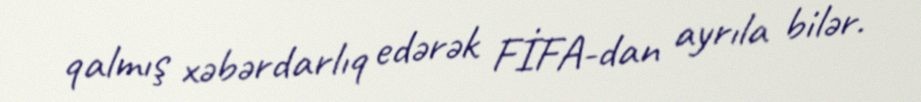
qalmış xəbərdarlıq edərək FİFA-dan ayrıla bilər.